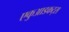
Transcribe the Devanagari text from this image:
एकुआडकट्स